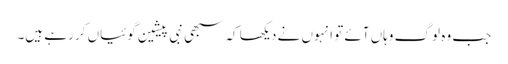
جب وہ لوگ وہاں آئے تو انہوں نے دیکھا کہ سبھی نبی پیشین گوئیاں کر رہے ہیں۔